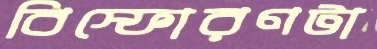
বিস্ফোরণটা